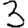
Digit: 3